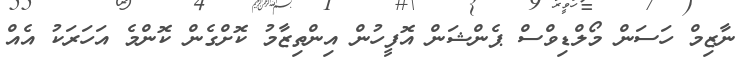
ނާޒިމް ހަސަން މޯލްޑިވްސް ޕެންޝަން އޮފީހުން އިންތިޒާމު ކޮށްގެން ކޮންމެ އަހަރަކު އެއް